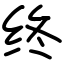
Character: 终